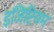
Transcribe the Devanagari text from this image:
इजिप्टियम